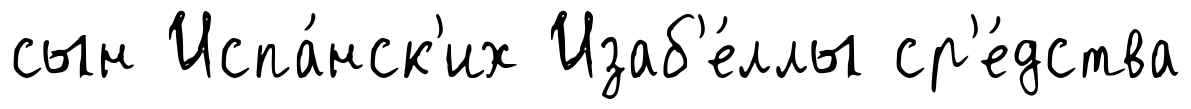
сын Испа́нск'их Изаб'е́ллы ср'е́дства